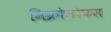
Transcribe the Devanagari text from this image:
मिक्रोलोफस